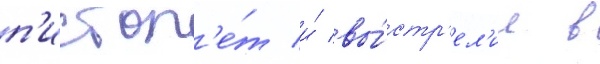
п'истол'е́т и́ вы́стр'ел'ил в